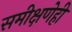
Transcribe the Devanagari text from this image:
समीक्षणेही